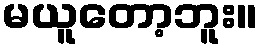
မယူတော့ဘူး။